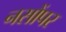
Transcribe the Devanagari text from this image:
नसोंपर